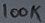
Text: 100K